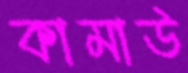
কামাউ